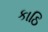
કાઠિ